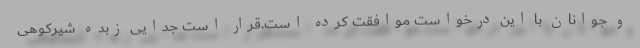
و جوانان با این درخواست موافقت کرده است.قرار است جدایی زبده شیرکوهی